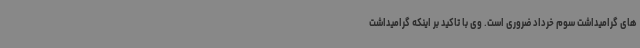
های گرامیداشت سوم خرداد ضروری است. وی با تاکید بر اینکه گرامیداشت